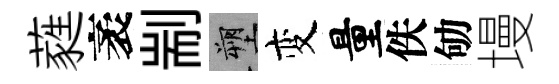
蕤袤剬塑变量佚劬墁